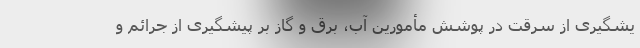
یشگیری از سرقت در پوشش مأمورین آب، برق و گاز بر پیشگیری از جرائم و